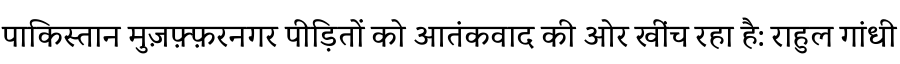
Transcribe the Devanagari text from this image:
पाकिस्तान मुज़फ़्फ़रनगर पीड़ितों को आतंकवाद की ओर खींच रहा है: राहुल गांधी